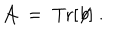
{ \mathcal A } \; = \; \mathrm { T r } [ \not \! b ] \; .